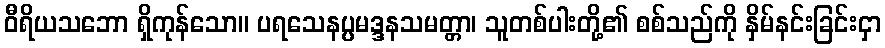
ဝီရိယသဘော ရှိကုန်သော။ ပရသေနပ္ပမဒ္ဒနသမတ္တာ၊ သူတစ်ပါးတို့၏ စစ်သည်ကို နှိမ်နင်းခြင်းငှာ